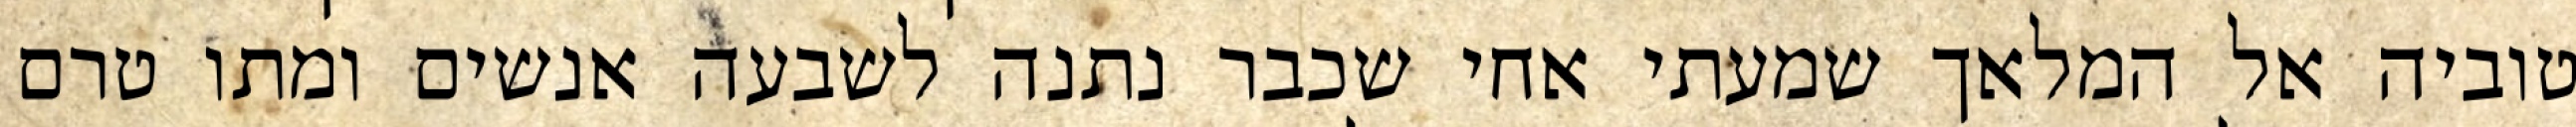
טוביה אל המלאך שמעתי אחי שכבר נתנה לשבעה אנשים ומתו טרם